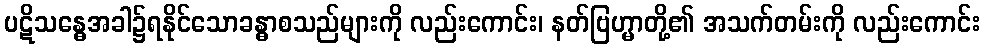
ပဋိသန္ဓေအခါ၌ရနိုင်သောခန္ဓာစသည်များကို လည်းကောင်း၊ နတ်ဗြဟ္မာတို့၏ အသက်တမ်းကို လည်းကောင်း